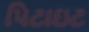
પિટાઇટ